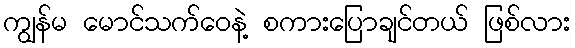
ကျွန်မ မောင်သက်ဝေနဲ့ စကားပြောချင်တယ် ဖြစ်လား